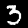
Digit: 3